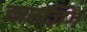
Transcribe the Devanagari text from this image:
चारजिंग